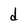
Character: d